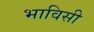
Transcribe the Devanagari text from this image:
भाविसी